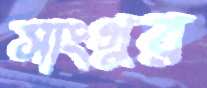
সাংগুর